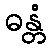
ဓန္တံ